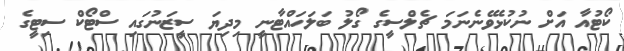
ކޯޓުއާ އަށް ނުކުޅެވޭނެނަމަ ޗެލްސީގެ ގޯލު ބަލަހައްޓާނީ މިދިޔަ ސީޒަނުގައި ސްޓޯކް ސިޓީގެ